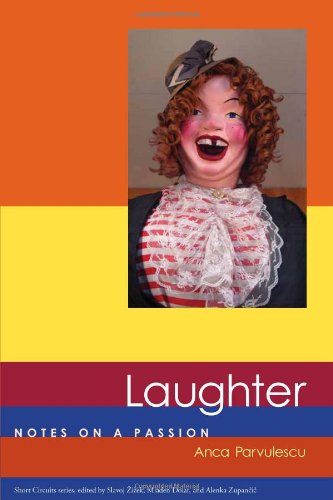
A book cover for Laughter: Notes on a Passion (Short Circuits); Anca Parvulescu; Humor & Entertainment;